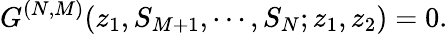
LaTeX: G^{(N,M)}(z_{1},S_{M+1},\cdots,S_{N};z_{1},z_{2})=0.